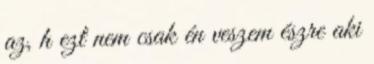
az, h ezt nem csak én veszem észre aki